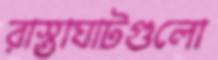
রাস্তাঘাটগুলো